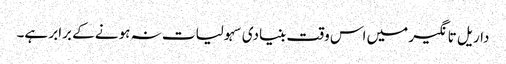
داریل تانگیر میں اس وقت بنیادی سہولیات نہ ہونے کے برابر ہے۔